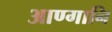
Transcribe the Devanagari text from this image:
आण्गानि